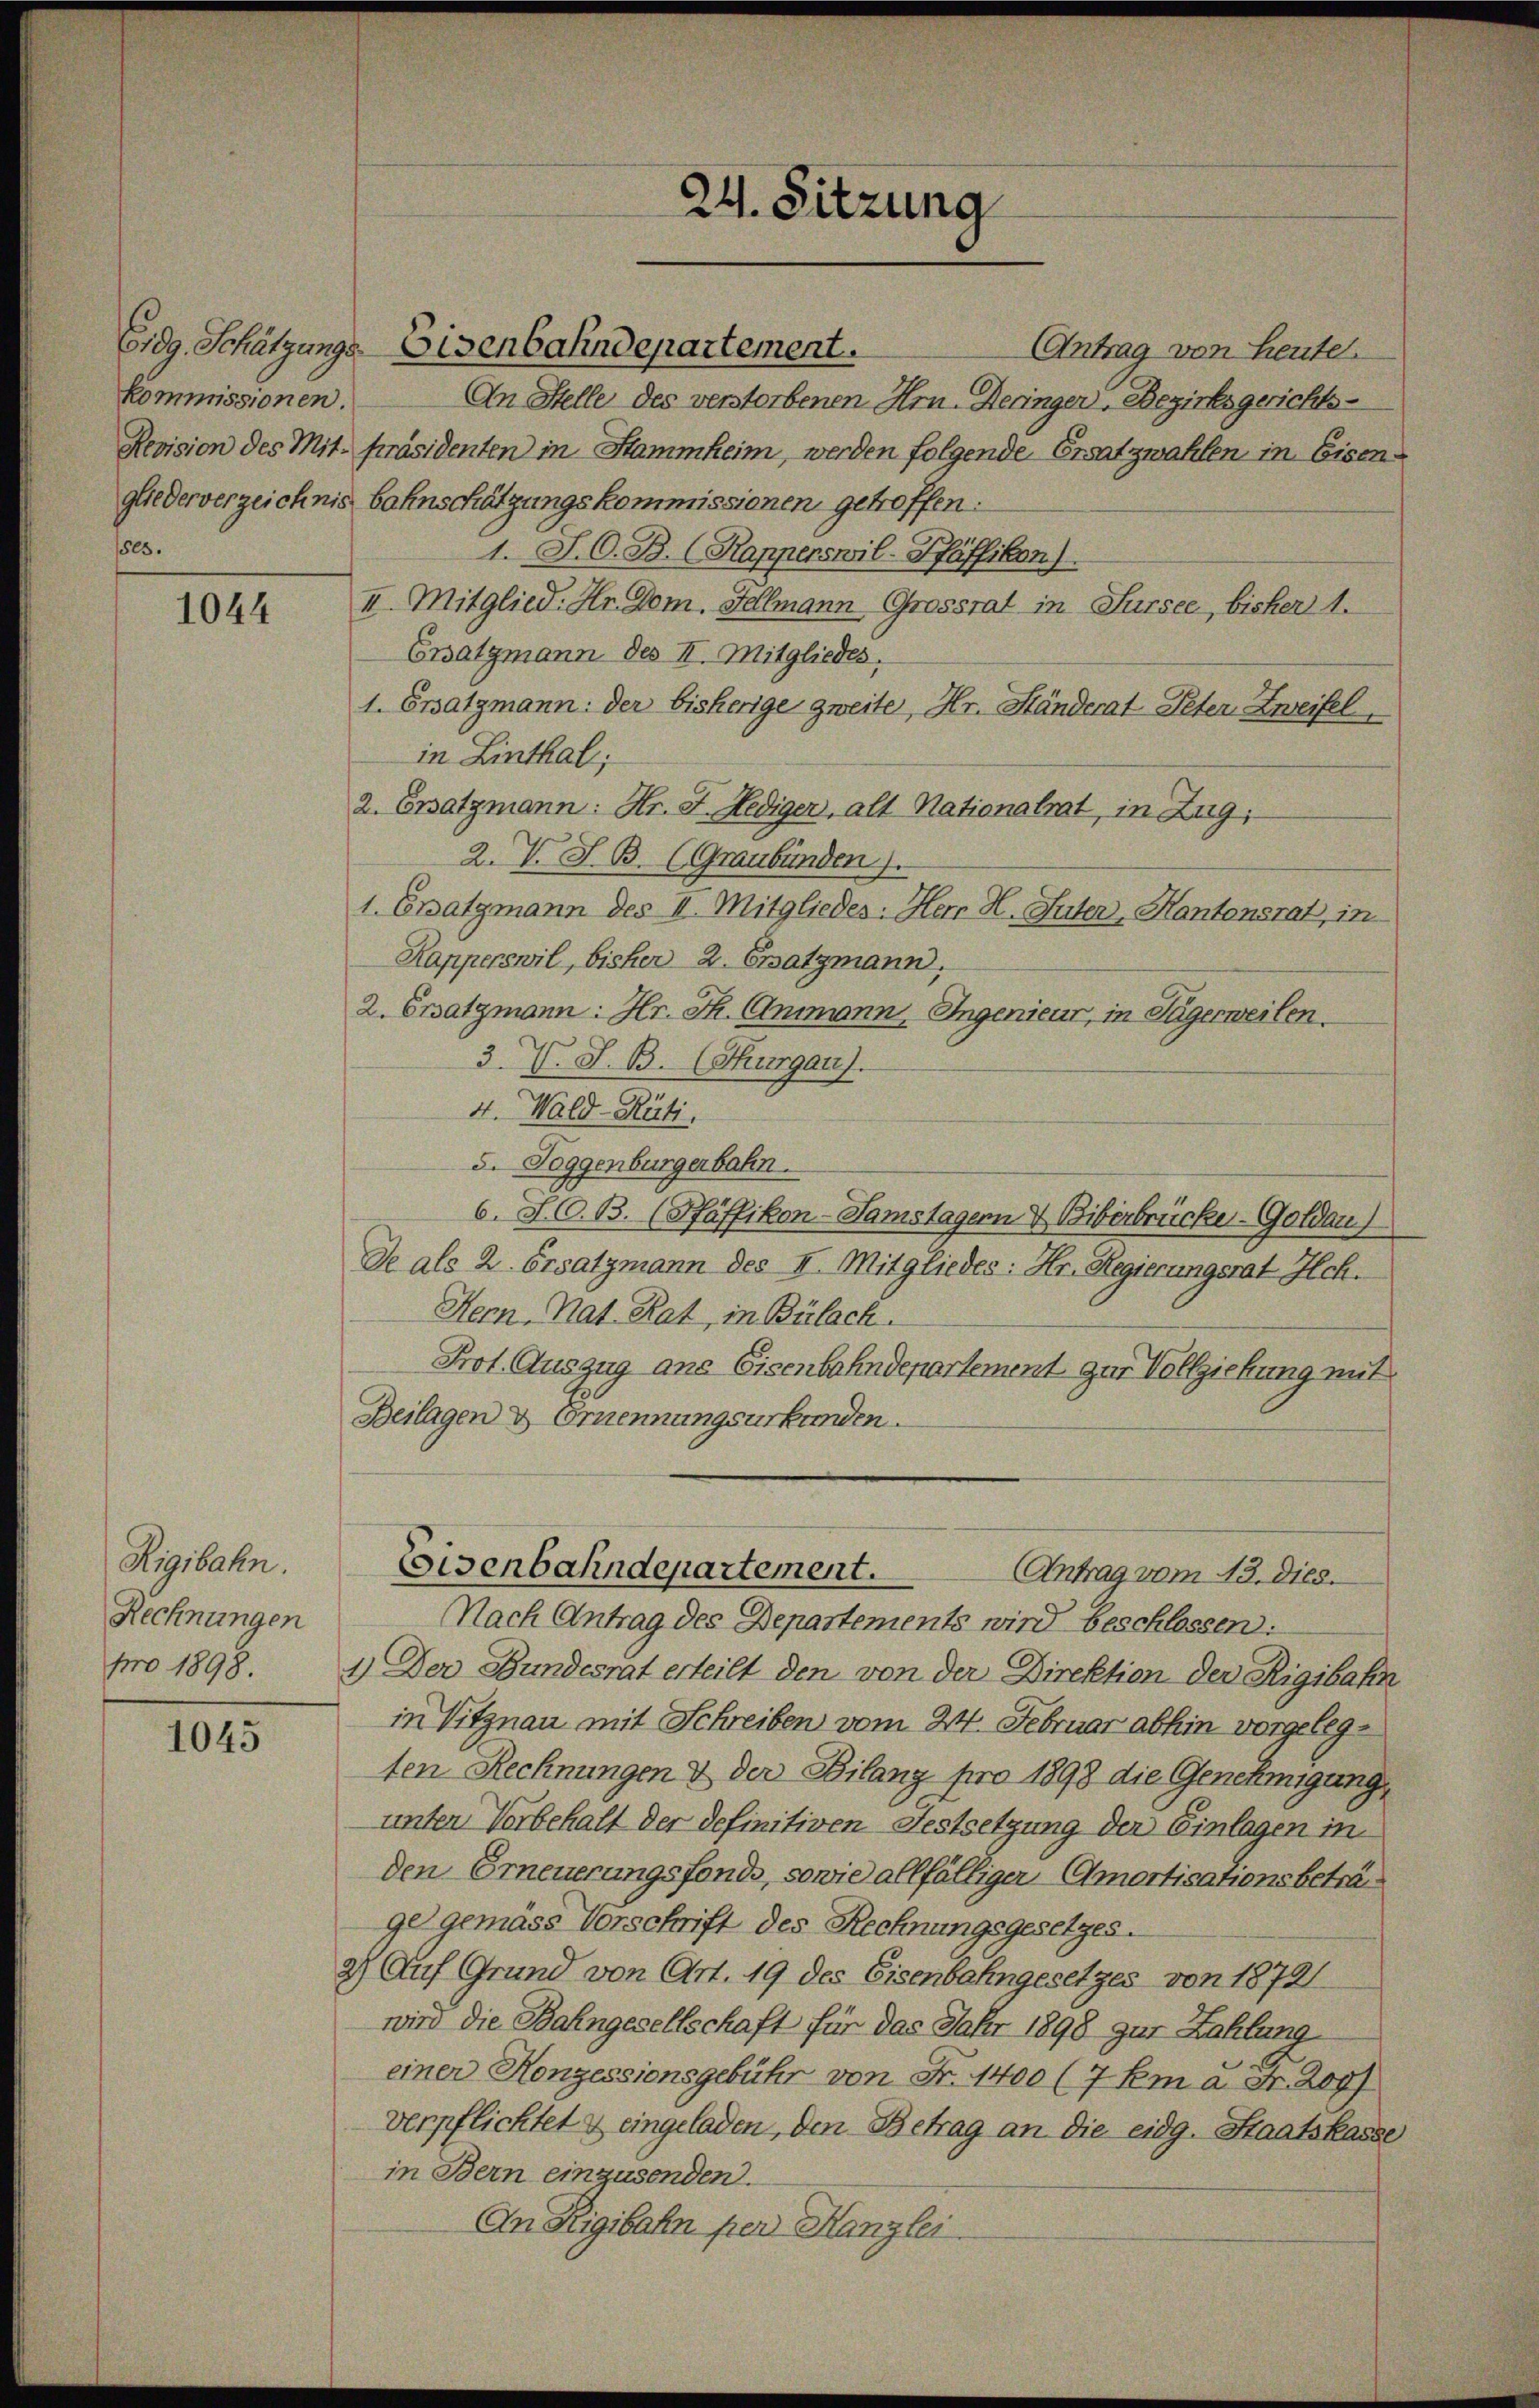
Kommissionen.
1805.

1044

Aigibahn.
Rechnungen
pro 1898.

1045

An Stelle des verstorbenen Hrn. Deringen, Bezirksgerichts-
Revision des Mit. Präsidenten in Stammheim, werden folgende Ersatzwahlen in Eisengliederverzeichnis bahnschätzungskommissionen getroffen:
1. J. O. B. (Rapperswil-Pfäffikon).
II. Mitglied. Hr. Dom. Sellmann Grossrat in Sursee, bisher 1.
Ersatzmann des II. Mitgliedes.
1. Ersatzmann: der bisherige zweite, Hr. Ständerat Peter Zweifel
in Linthal;
2. Ersatzmann: Hr. F. Hediger, alt Nationalrat, in Zug,
2. V. S. B. (Graubünden.
1. Ersatzmann des II. Mitgliedes: Herr H. Suter, Kantonsrat, in
Kapperswil, bisher 2. Ersatzmann.
2. Ersatzmann: Hr. K. Animann, Ingenieur, in Tägerweilen.
3. V. S. B. (Thurgau).
4. Wald–Rüti.
5. Toggenburgerbahn.
6. J. G. B. (Häffikon-Samstagern & Biberbrücke - Goldau)
de als 2. Ersatzmann des II. Mitgliedes: Hr. Regierungsrat Hch.
Hern-Nat. Rat, in Bülach.
Prot. Auszug aus Eisenbahndepartement zur Vollziehung mit
Beilagen & Ernennungsurkunden.
Eisenbahndepartement.
Antrag vom 13. dies.
Nach Antrag des Departements wird beschlossen:
1.) Der Bundesrat erteilt den von der Direktion der Rigibahn
in Vitznau mit Schreiben vom 24. Februar abhin vorgelegten Rechnungen & der Bilanz pro 1898 die Genehmigung
unter Vorbehalt der definitiven Festsetzung der Einlagen in
den Erneuerungsfonds, sowie allfälliger Amortisationsbeträgel gemäss Vorschrift des Rechnungsgesetzes.
2) Auf Grund von Art. 19 des Eisenbahngesetzes von 18791
wird die Bahngesellschaft für das Jahr 1898 zur Zahlung
einer Konzessionsgebühr von Fr. 1400 (7 Em a. Fr. 209)
verpflichtet & eingeladen, den Betrag an die eidg. Staatskasse
in Bern einzusenden.
An Rigibahn per Kanzlei

Eidg. Schätzungs Eisenbahndepartement.

24. Sitzung

Antrag von heute.